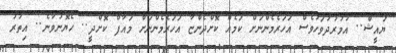
ޔައީޝް.. އުމުރުދުވަހުވެސް އަހަރެމެންނަށް ކަމެއް ކޮށްދެންޏާ އަހަރެމެންނަށް މައާފް ކޮށްދީ.. ހެޔޮނުވާނެ.. އިތުރު